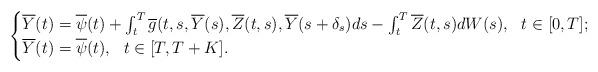
LaTeX: \begin{align*} \begin{cases} \overline{Y}(t)=\overline{\psi}(t) + \int_t^T \overline{g}(t,s,\overline{Y}(s),\overline{Z}(t,s), \overline{Y}(s+\delta_{s}) ds - \int_t^T \overline{Z}(t,s) dW(s), \ \ t\in [0,T]; \\ \overline{Y}(t)=\overline{\psi}(t), \ \ t\in [T,T+K].\\ \end{cases}\end{align*}